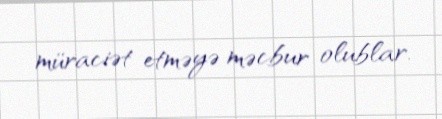
müraciət etməyə məcbur olublar.